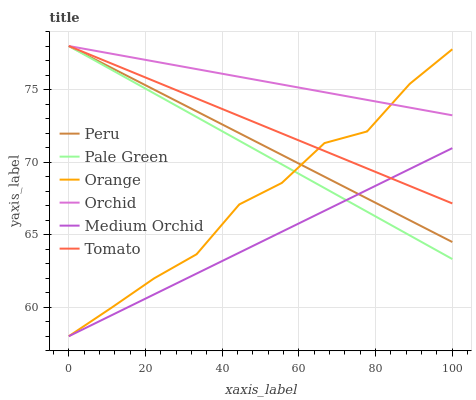
| xaxis_label | Peru | Pale Green | Orange | Orchid | Medium Orchid | Tomato |
 | --- | --- | --- | --- | --- | --- | --- |
 | 0 | 78 | 78 | 58 | 78 | 58 | 78 |
 | 11.1 | 76.5 | 76.4 | 60 | 77.5 | 59.4 | 76.8 |
 | 22.2 | 75 | 74.7 | 62 | 76.9 | 60.9 | 75.6 |
 | 33.3 | 73.5 | 73.1 | 63.7 | 76.4 | 62.3 | 74.4 |
 | 44.4 | 72 | 71.5 | 67.1 | 75.9 | 63.8 | 73.2 |
 | 55.6 | 70.5 | 69.8 | 68.6 | 75.3 | 65.2 | 72 |
 | 66.7 | 69 | 68.2 | 71.3 | 74.8 | 66.6 | 70.8 |
 | 77.8 | 67.5 | 66.6 | 72.1 | 74.3 | 68.1 | 69.6 |
 | 88.9 | 66 | 65 | 75.4 | 73.8 | 69.5 | 68.4 |
 | 100 | 64.5 | 63.3 | 77.8 | 73.2 | 71 | 67.2 |